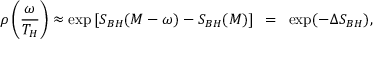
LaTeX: \rho \left( \frac { \omega } { T _ { H } } \right) \approx \exp \left[ S _ { B H } ( M - \omega ) - S _ { B H } ( M ) \right] ~ = ~ \exp ( - \Delta S _ { B H } ) ,